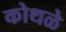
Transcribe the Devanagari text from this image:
कोथळे